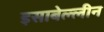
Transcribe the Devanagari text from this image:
इसाबेल्लीन